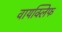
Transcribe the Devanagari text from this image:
वायक्लिफ